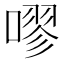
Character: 嘐